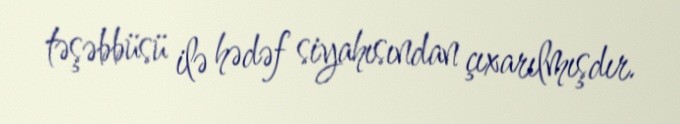
təşəbbüsü ilə hədəf siyahısından çıxarılmışdır.